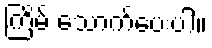
ကြိမ် သောက်ပေးပါ။